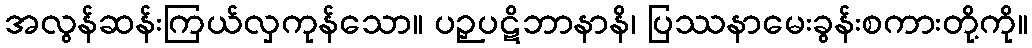
အလွန်ဆန်းကြယ်လှကုန်သော။ ပဉှပဋိဘာနာနိ၊ ပြဿနာမေးခွန်းစကားတို့ကို။